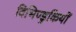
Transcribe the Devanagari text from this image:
विभिण्डुकियों